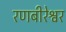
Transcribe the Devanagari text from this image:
रणबीरेश्वर